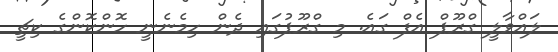
ލައްވާލީ ގްރޫޕް އެފް ގައެ. މި ގްރޫޕުގައި ދެން ހިމެނެނީ ހޮންކޮންގެ ކިޗީ